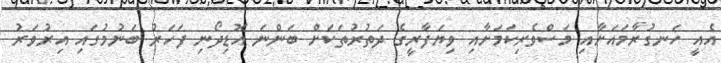
އެއީ ހަނގުރާމައަށާއި މަސްވެރިކަމަށާއި ވިޔަފާރީގެ ދަތުރުތަކަށް ބަންނަ އޮޑިދޯނި ފަހަރު ބަނުމުގައި އިރުވަރު